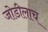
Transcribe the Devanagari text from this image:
जोडीलाच